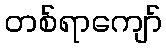
တစ်ရာကျော်